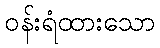
ဝန်းရံထားသော